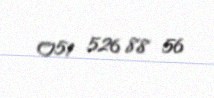
051 526 88 56